Indian journal of veterinary science and animal husbandry - Volumes 26-27, 1956-1957
Year: 1956
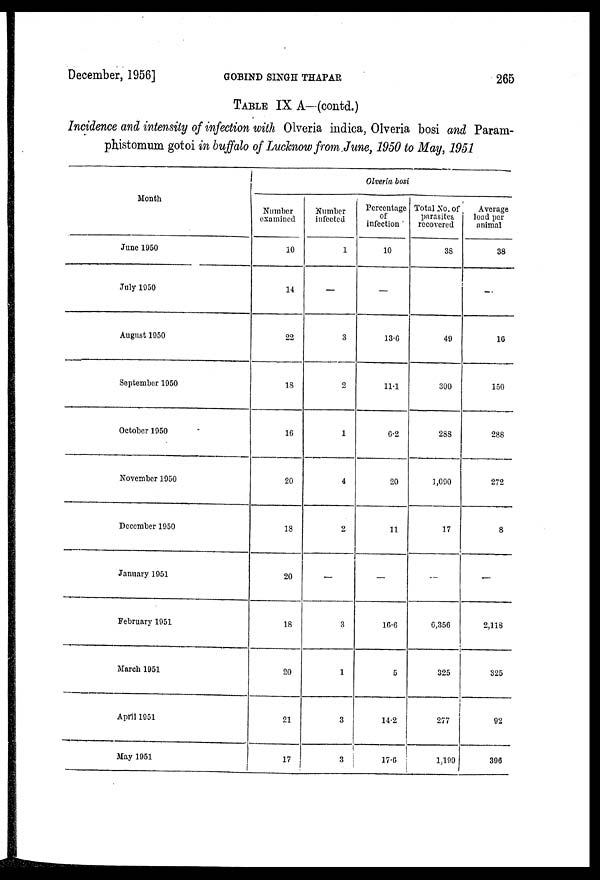
December, 1956]
GOBIND
SINGH
THAPAR
265
TABLE IX A—(contd.)
Incidence and intensity of infection with Olveria indica, Olveria bosi and Param-
phistomum gotoi in buffalo of Lucknow from June, 1950 to May, 195.1
Month
June 1950
July 1950
August 1950
September 1950
October 1950
November 1950
December 1950
January 1951
February 1951
March 1951
April 1951
May 1951
Olveria bosi
Number
examined
10
14
22
18
16
20
18
20
18
20
21
17
Number
infected
1
-
3
2
1
4
2
-
3
1
3
3
Percentage
of
infection
10
-
13.6
11.1
6.2
20
11
-
16.6
5
14.2
17.6
Total No. of
parasites
recovered
38
49
300
288
1,090
17
-
6,356
325
277
1,190
Average
load per
animal
38
-
16
150
288
272
8
-
2,118
325
92
390